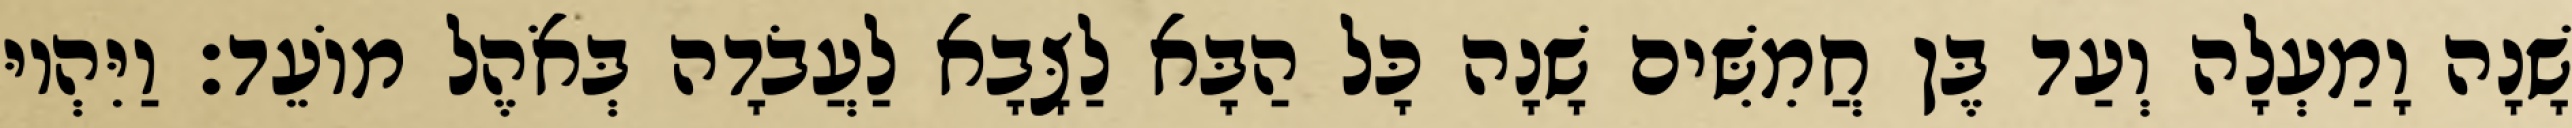
שָׁנָה וָמַעְלָה וְעַד בֶּן חֲמִשִּׁים שָׁנָה כָּל הַבָּא לַצָּבָא לַעֲבֹדָה בְּאֹהֶל מוֹעֵד׃ וַיִּהְיוּ